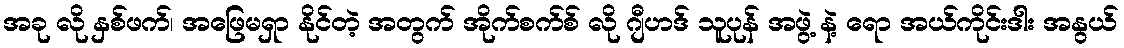
အခု လို နှစ်ဖက်၊ အဖြေမရှာ နိုင်တဲ့ အတွက် အိုက်စက်စ် လို ဂျီဟဒ် သူပုန် အဖွဲ့ နဲ့ ရော အယ်ကိုင်းဒါး အနွယ်